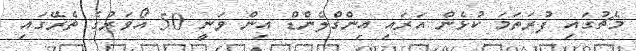
މެޗުގައި ފުރަތަމަ ކުޅެން އަރައި އިންގްލެންޑް އިން ވަނީ 50 އޯވަރުގެ ތެރޭގައި